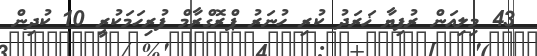
43 މިލިއަން ރުފިޔާ ޚަރަދު ކުރި ހުނަރު ޕްރޮގްރާމް ފުރިހަމަކުރީ 10 ކުދިން